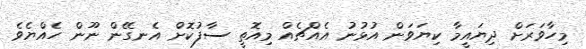
މިހާވަރަށް ދިޔައީމާ ކިޔަވަން އުޅުނު އެއްޗެއް މިއޮތީ ސާފުކޮށް އެނގޭން ނޫން ހެއްޔެވެ